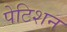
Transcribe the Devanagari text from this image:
पेटिशन